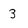
Character: 3